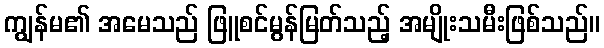
ကျွန်မ၏ အမေသည် ဖြူစင်မွန်မြတ်သည့် အမျိုးသမီးဖြစ်သည်။